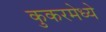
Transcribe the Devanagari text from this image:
कुकरमेध्ये